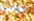
بوب